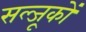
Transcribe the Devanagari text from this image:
सल्जूकों